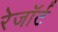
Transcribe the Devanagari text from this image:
रेजॉर्ट